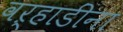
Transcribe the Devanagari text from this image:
वऱ्हाडींना